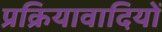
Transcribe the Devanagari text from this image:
प्रक्रियावादियों